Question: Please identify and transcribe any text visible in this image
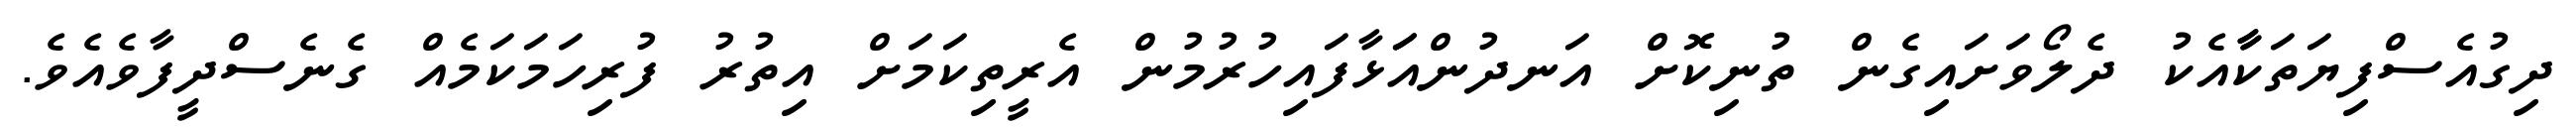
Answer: ދިގުއެސްފިޔަތަކާާއެކު ދެލޯވަށައިގެން ތުނިކޮށް އަނދުންއަަޅާފައިހުރުމުން އެރީތިކަމަށް އިތުރު ފުރިހަމަކަމެއް ގެނެސްދީފާވެއެވެ.